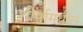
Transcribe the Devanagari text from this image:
शीर्षामधील